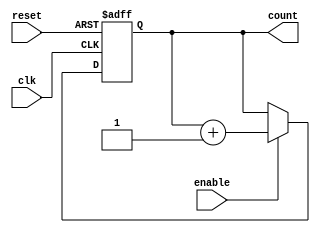
module BCD_Up_Counter (
    input wire clk,
    input wire reset,
    input wire enable,
    output reg [3:0] count
);

reg [3:0] next_count;

always @ (posedge clk or posedge reset) begin
    if (reset) begin
        count <= 4'b0000;
    end else if (enable) begin
        count <= next_count;
    end
end

always @* begin
    next_count = count + 1;
end

endmodule